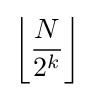
\left\lfloor {\frac {N}{2^{k}}}\right\rfloor